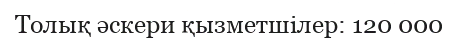
Толық әскери қызметшілер: 120 000